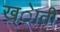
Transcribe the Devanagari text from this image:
ख्ेाती